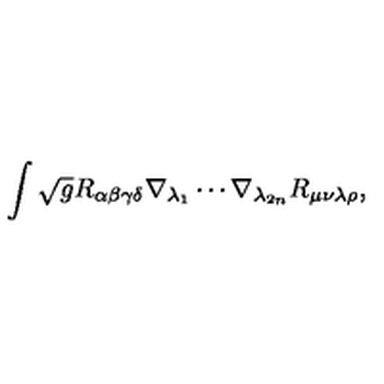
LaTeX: \int \sqrt { g } R _ { \alpha \beta \gamma \delta } \nabla _ { \lambda _ { 1 } } \cdots \nabla _ { \lambda _ { 2 n } } R _ { \mu \nu \lambda \rho } ,